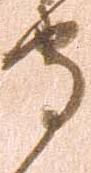
守